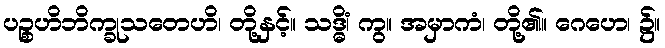
ပဉ္စဟိဘိက္ခုသတေဟိ၊ တို့နှင့်။ သဒ္ဓိံ၊ ကွ။ အမှာကံ၊ တို့၏။ ဂေဟေ၊ ၌။